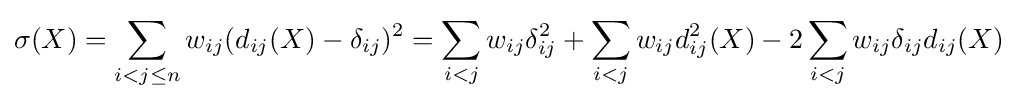
\sigma (X)=\sum _{i<j\leq n}w_{ij}(d_{ij}(X)-\delta _{ij})^{2}=\sum _{i<j}w_{ij}\delta _{ij}^{2}+\sum _{i<j}w_{ij}d_{ij}^{2}(X)-2\sum _{i<j}w_{ij}\delta _{ij}d_{ij}(X)